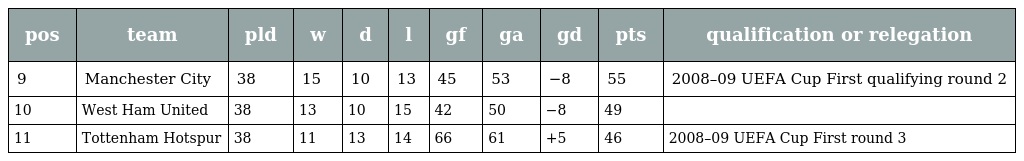
| pos | team | pld | w | d | l | gf | ga | gd | pts | qualification or relegation |
 | --- | --- | --- | --- | --- | --- | --- | --- | --- | --- | --- |
 | 9 | Manchester City | 38 | 15 | 10 | 13 | 45 | 53 | −8 | 55 | 2008–09 UEFA Cup First qualifying round 2 |
 | 10 | West Ham United | 38 | 13 | 10 | 15 | 42 | 50 | −8 | 49 |  |
 | 11 | Tottenham Hotspur | 38 | 11 | 13 | 14 | 66 | 61 | +5 | 46 | 2008–09 UEFA Cup First round 3 |